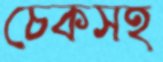
চেকসহ